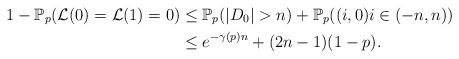
LaTeX: \begin{align*} 1 - \mathbb{P}_p(\mathcal{L}(0)=\mathcal{L}(1)=0) &\leq \mathbb{P}_p(|D_0| > n) + \mathbb{P}_p((i,0) i \in (-n,n)) \\ &\leq e^{-\gamma(p)n} + (2n-1)(1-p).\end{align*}